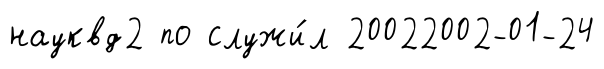
науквд2 по служи́л 20022002-01-24